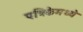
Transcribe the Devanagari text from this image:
पत्रिकेमध्ये